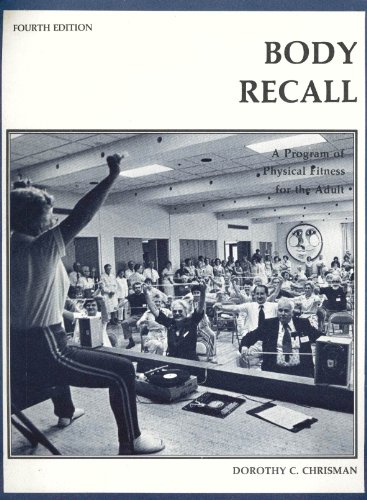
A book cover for Body Recall: A Program of Physical Fitness for the Adult; Dorothy C. Chrisman; Health, Fitness & Dieting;